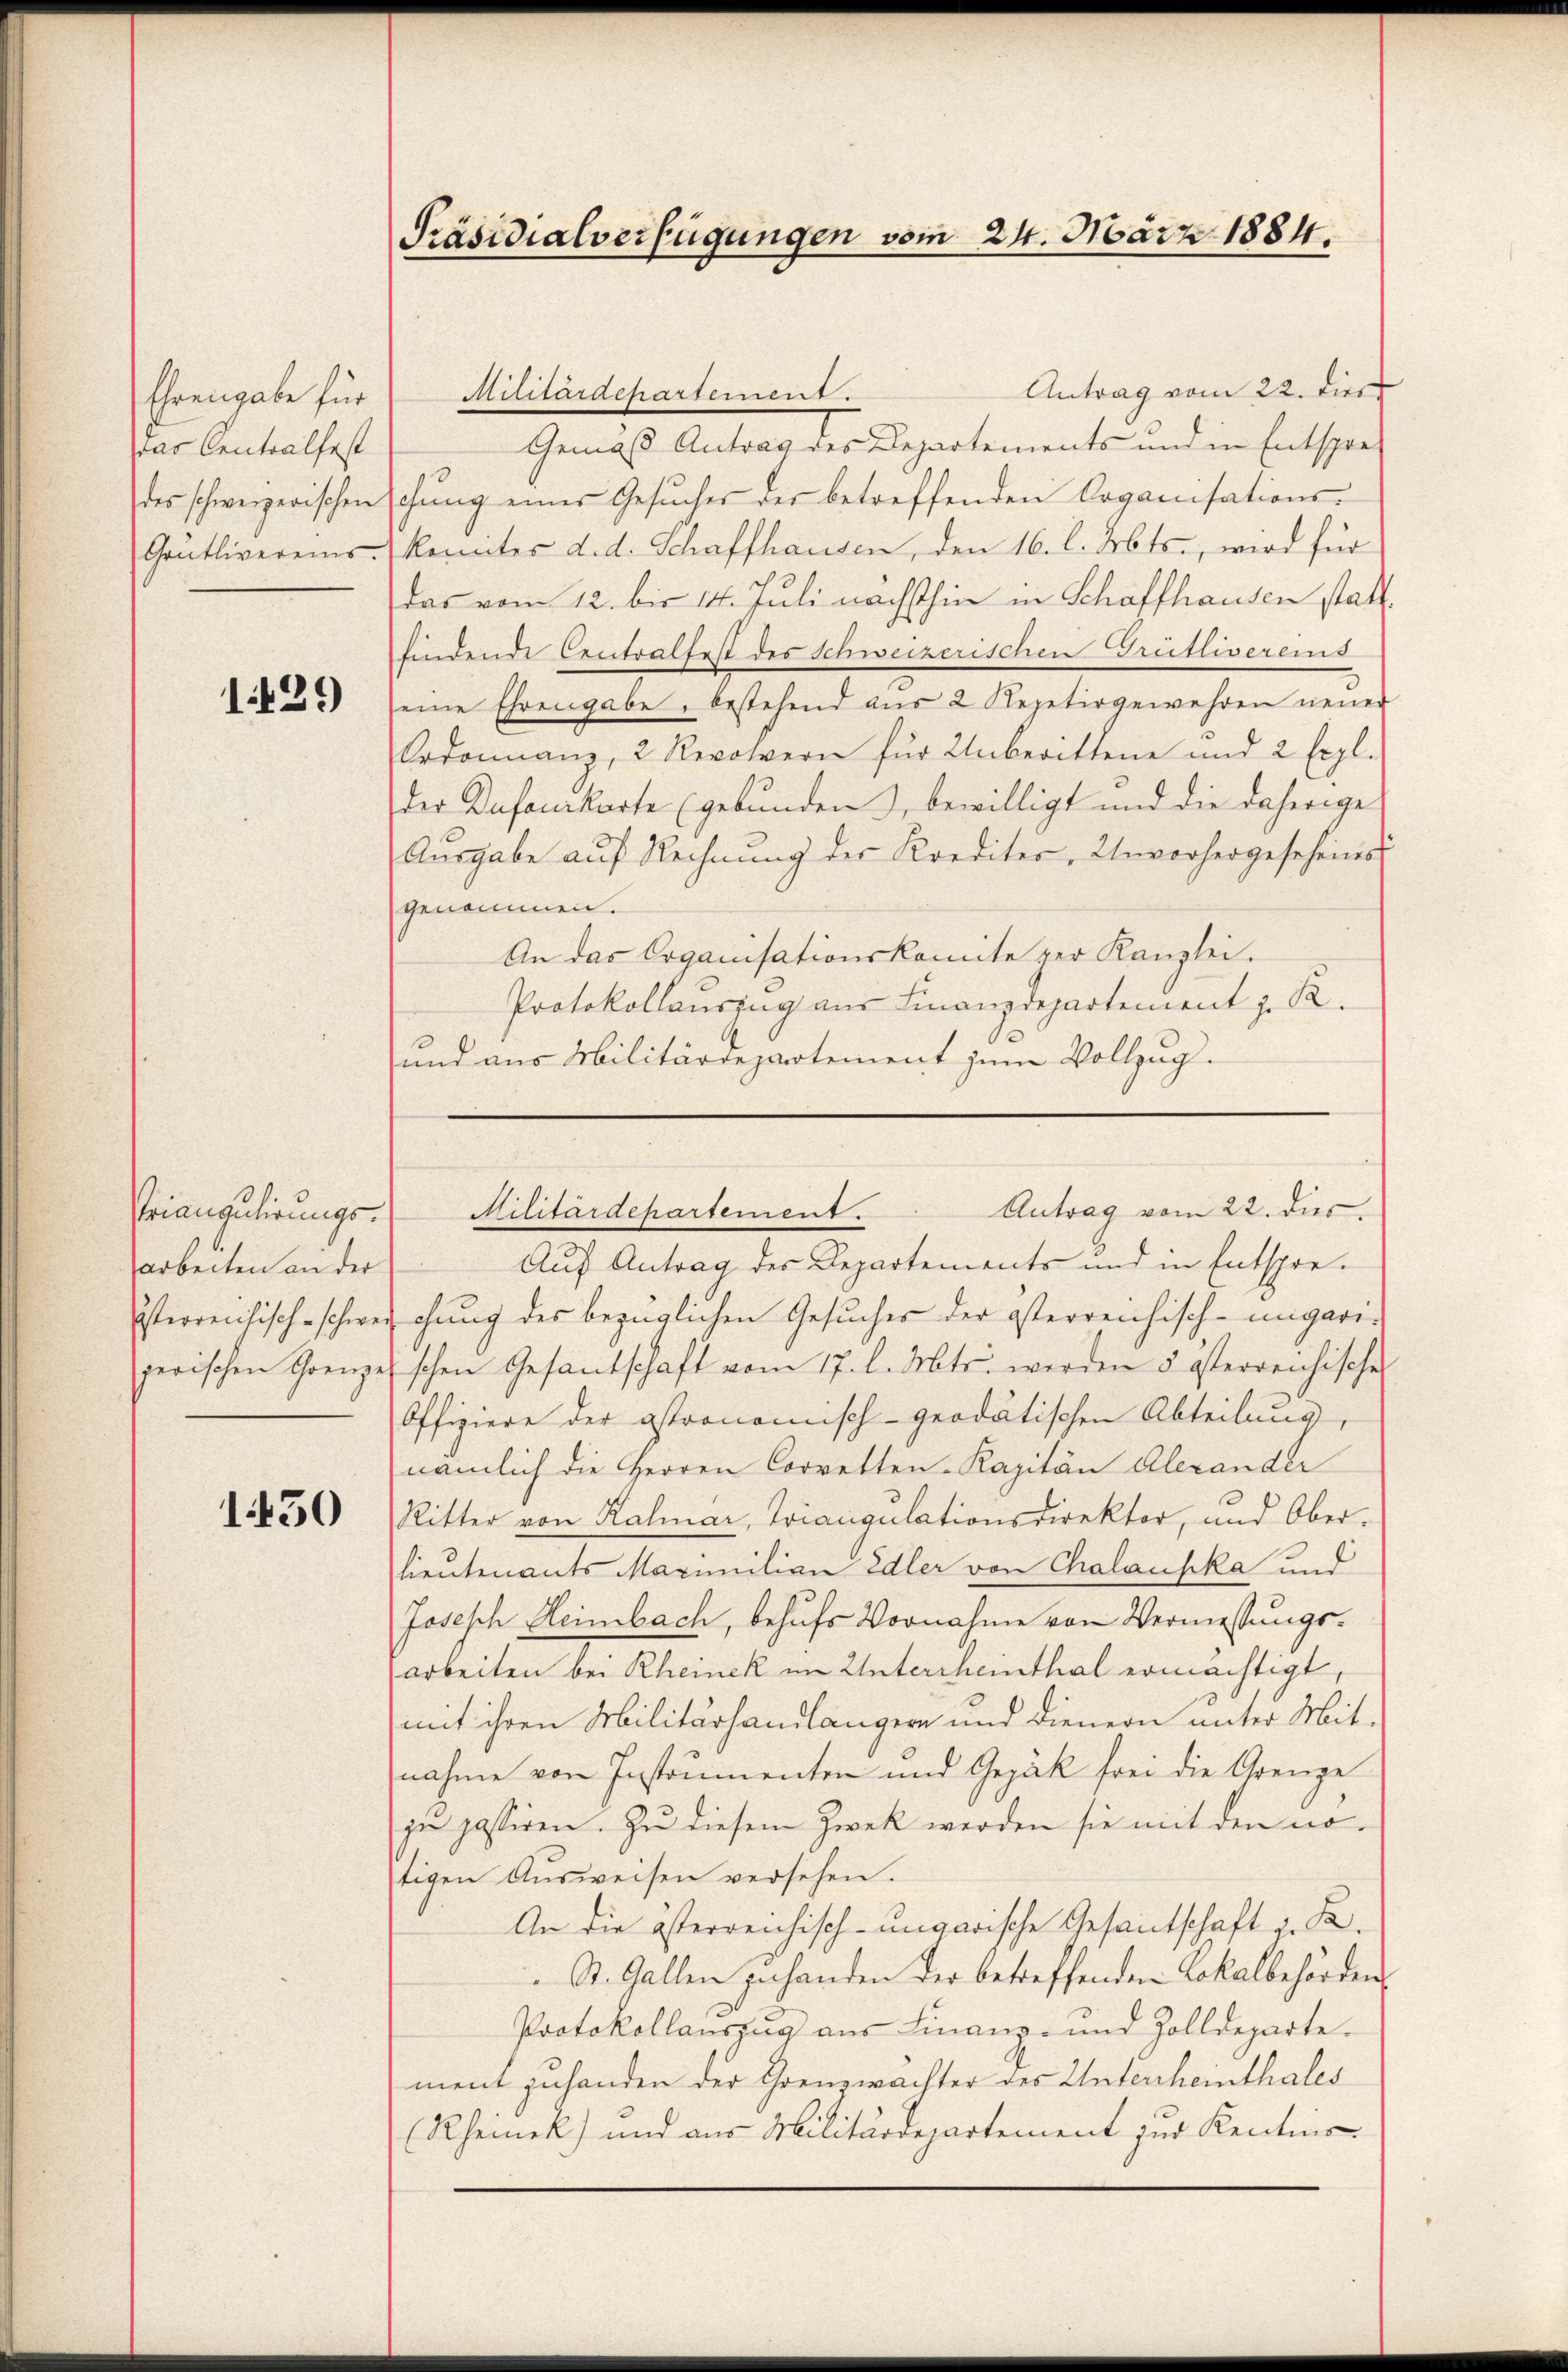
das Centralfest

1429

Priangulirungsarbeiten an der

1450

Präsidialverfügungen vom 24. März 1884.

Antrag vom 22. dies
Ehrengabe für Militärdepartement.
Gemäß Antrag des Departements und in Entspre-
des schweizerischen schŭng einer Gesŭches der betreffenden Organisations-
Grütlivereins-Meniter d. d. Schaffhausen, den 16. l. Mts., wird für
das vom 12. bis 14. Juli nächsthin in Schaffhausen statt.
findende Centralfest des Schweizerischen Grütlivereins
eine Ehrengabe, bestehend aŭs 2 Repetirgewehren neuer
Ordonnanz, 2 Revolern für Unberittene und 2 Expl.
der Dufourkarte (gebunden), bewilligt und die daherige
Aŭsgabe aŭf Rechnŭng der Krediter, Unvorhergesehens
genommen.
An das Organisationskomite per Kanzlei.
Protokollauszug aus Finanzdepartement z. R.
und aus Militärdepartement zum Vollzug.

Auf Antrag des Departements und in Entspre-
isterreichisch-schweichung des bezüglichen Gesuches der österreichisch-ungarigerischen Grenze schon Gesantschaft vom 17. l. Mts. werden 5 österreichische
Offiziere der astronomisch-geodätischen Abteilung,
nämlich die Herren Corretten-Kapitän Alexander
Ritter von Halmar, Triangulationsdirektor, und Oberlieutenants Maximilian Edler von Chalauska und
Josesch Heimbach, behufs Vornahme von Vermessungsarbeiten bei Rheinek im Untercheinthal ermächtigt,
mit ihren Militärhandlängern und Dienern unter Mitnahme von Instrumenten und Gepäck frei die Grenze
ju passiren. Zu diesem Zweck werden sie mit den notigen Aŭsweisen versehen.
An die österreichisch-ungarische Gesantschaft, K.
St. Gallen zu handen der betreffenden Lokalbehörden
Protokollauszug aus Linanz- und Zolldeparte.
ment zuhanden der Grenzwächter des Unterheinthales
(Rheineck) und aus Militärdepartement zur Kenntnis-

Antrag vom 22. des
Militärdepartement.